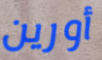
أورين